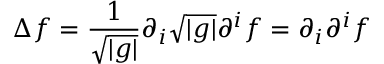
\Delta f = { \frac { 1 } { \sqrt { | g | } } } \partial _ { i } { \sqrt { | g | } } \partial ^ { i } f = \partial _ { i } \partial ^ { i } f